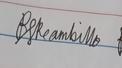
Signature authenticity: genuine